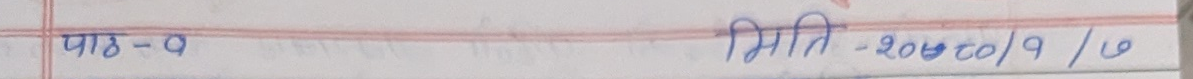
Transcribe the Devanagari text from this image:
पाठ-२ मिति -२०८०/९/७